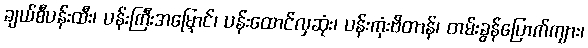
ချယ်စီပန်းထီး၊ ပန်းကြီးအမြှောင်၊ ပန်းထောင်လှဆုံး၊ ပန်းကုံးဗိတာန်၊ တမ်းခွန်ပြောက်ကျား၊